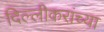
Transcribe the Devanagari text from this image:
दिल्लीकरांच्या